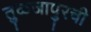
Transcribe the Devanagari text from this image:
तुळजापुरची